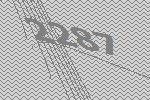
2287